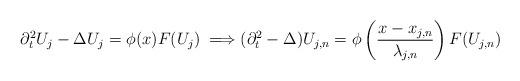
LaTeX: \begin{align*} \partial_t^2 U_j -\Delta U_j = \phi(x) F(U_j) \; \Longrightarrow (\partial_t^2 - \Delta) U_{j,n} = \phi \left(\frac{x - x_{j,n}}{\lambda_{j,n}}\right) F(U_{j,n})\end{align*}